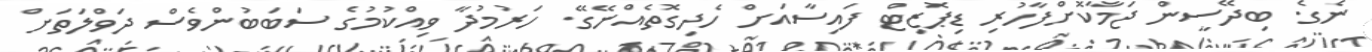
ނެގެ. ބިދޭސީން ޖަމާކޮށްފާހުރި ޑިޕޮޒިޓް ފައިސާއަށް ހެދިގޮތެއްނޭގޭ. ހަރުމުދާ ވިއްކުމުގެ ސަބަބުންވެސް ދަވްލަތަށް